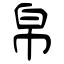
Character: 帛